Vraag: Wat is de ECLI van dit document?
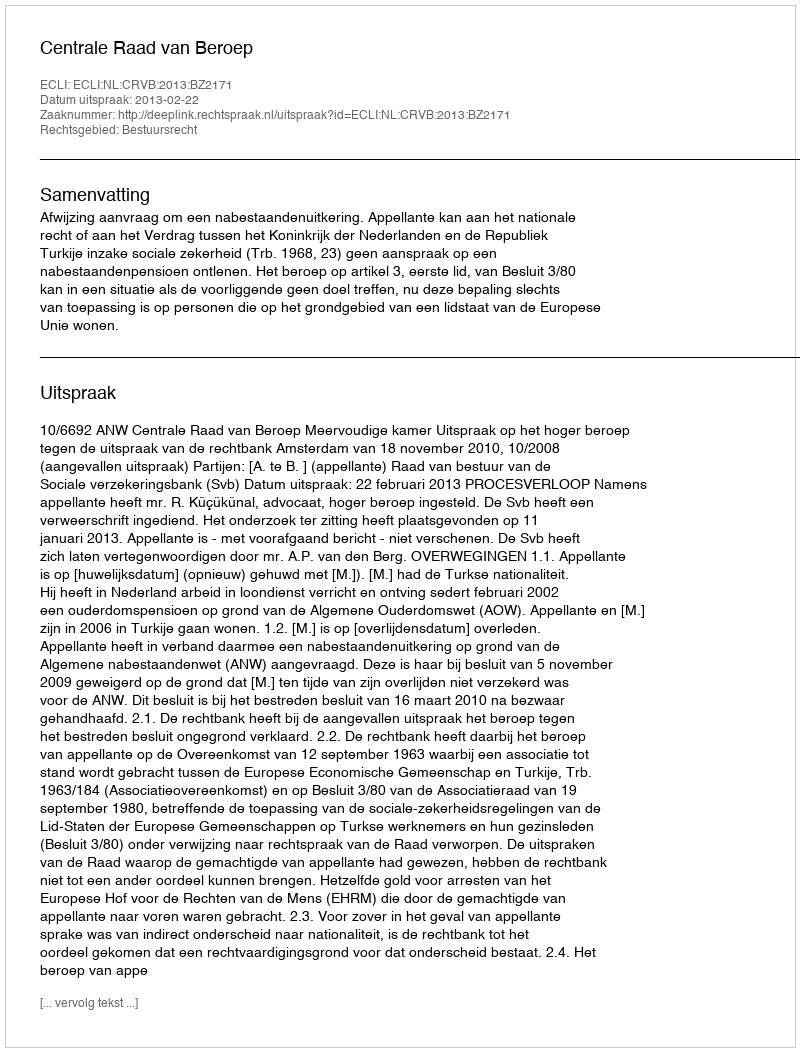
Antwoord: ECLI:NL:CRVB:2013:BZ2171